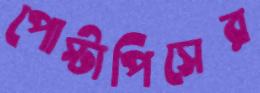
পোস্টাপিসের